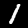
Digit: 1